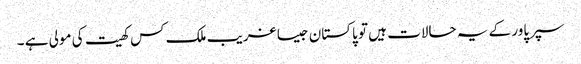
سپرپاور کے یہ حالات ہیں تو پاکستان جیسا غریب ملک کس کھیت کی مولی ہے ۔